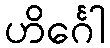
ဟိင်္ဂေါ